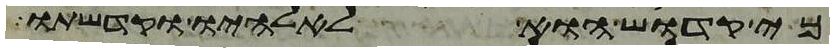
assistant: כי קדוש הוא לאלהיו וקדשתו